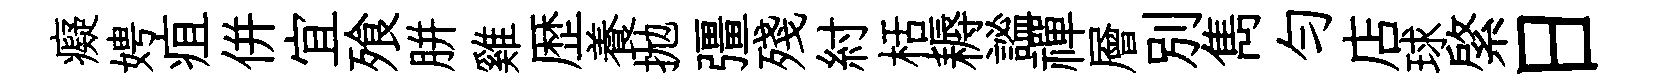
癡娉疽併宜飱胼雞歴養拋彊殘紂栝耨謐禪層別雋勻店球綮日